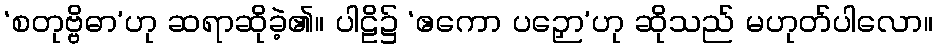
‘စတုဗ္ဗိဓာ’ဟု ဆရာဆိုခဲ့၏။ ပါဠိ၌ ‘ဧကော ပဉှော’ဟု ဆိုသည် မဟုတ်ပါလော။